Burma Government Medical School reports 1907-22
Year: 1907
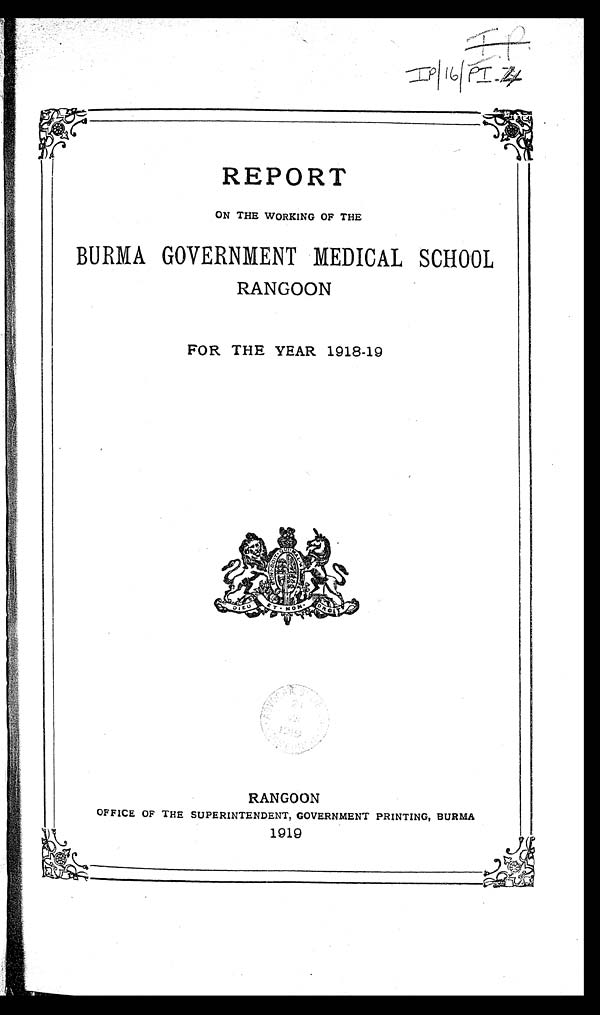
I P / 1 6 / P I . 4 I P
REPORT
ON THE WORKING OF THE
BURMA GOVERNMENT MEDICAL SCHOOL
RANGOON
FOR THE YEAR 1918-19
RANGOON
OFFICE OF THE SUPERINTENDENT, GOVERNMENT PRINTING, BURMA